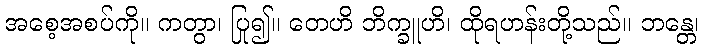
အစေ့အစပ်ကို။ ကတွာ၊ ပြု၍။ တေဟိ ဘိက္ခူဟိ၊ ထိုရဟန်းတို့သည်။ ဘန္တေ၊